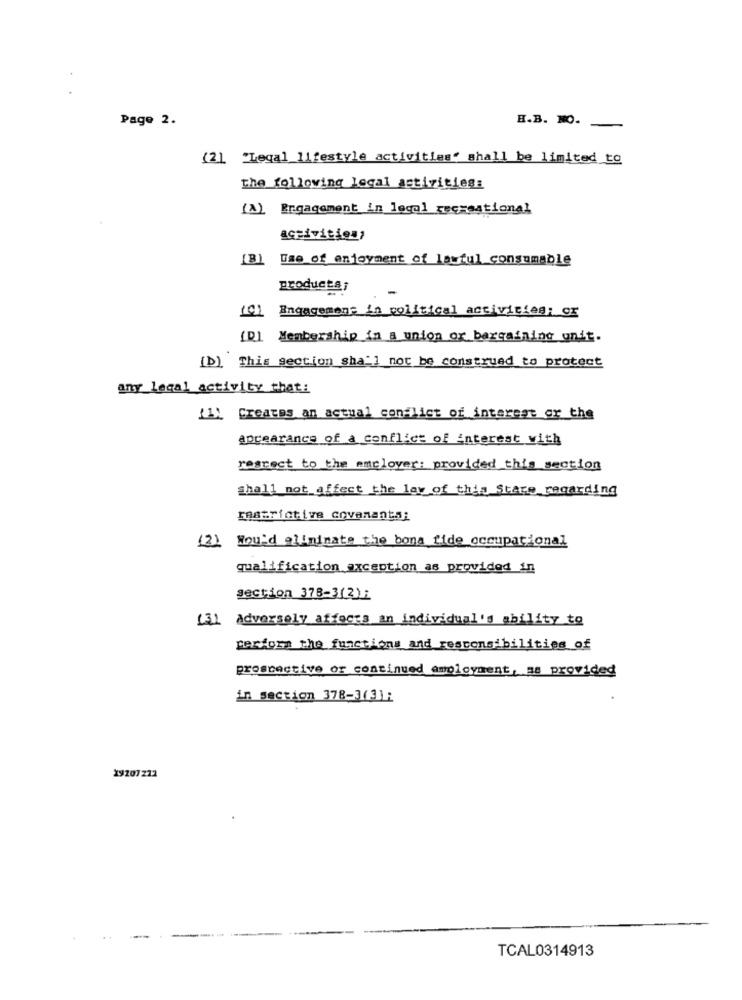
Page 2.
H.B. NO.
(2) "Legal lifestyle activities" shall be limited to
the following legal activities:
(A) Engagement in legal recreational
activities,
Use of enjoyment of lawful consumable
products
101
Engagement in political activities: or
[D] Membership in a union or bargaining unit.
[b) This section sha'] not be construed to protect
any legal activity that:
"1) Creates an actual conflict of interest or the
appearance of a conflict of interest with
respect to the mmclover: provided this section
shall not affect the law of this Stare regarding
restrictive covenants;
(2) Would eliminate the bona fide occupational
qualification exception as provided in
section 378-3(2);
(31 adversely affects an individual's ability to
perform the functions and responsibilities of
prospective or continued employment, as provided
in section 378-3(31:
19207222
TCAL0314913